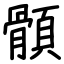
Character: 顝